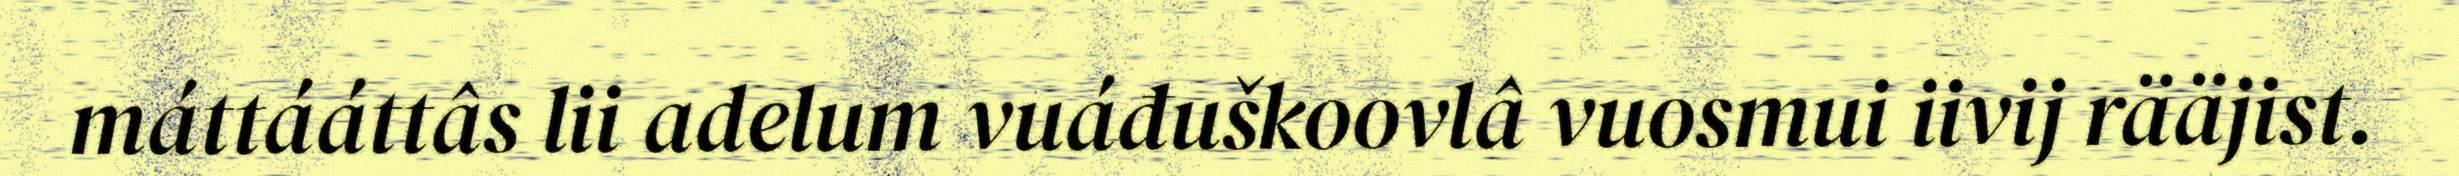
máttááttâs lii adelum vuáđuškoovlâ vuosmui iivij rääjist.